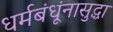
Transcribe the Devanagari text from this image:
धर्मबंधूंनासुद्धा